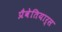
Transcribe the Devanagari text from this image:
प्रैवेतियार्स